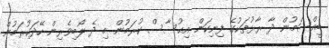
ބީއްސަމުން ދާ ރާޅުތަކުގެ ފިނިކަން އިޙުސާސް ކުރަމުން މި ދެ ލޯބިވެރިން ހޭދަކުރަމުން